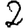
Digit: 2